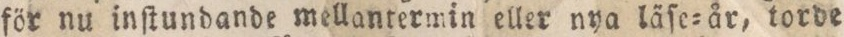
för nu inſtundande mellantermin eller nya läſe=år, torde